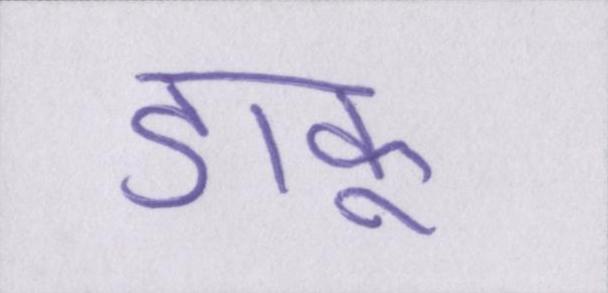
डाकू